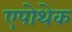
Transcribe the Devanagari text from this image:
एपोथेक